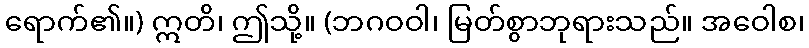
ရောက်၏။) ဣတိ၊ ဤသို့။ (ဘဂဝဝါ၊ မြတ်စွာဘုရားသည်။ အဝေါစ၊